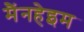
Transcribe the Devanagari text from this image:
मैंनहेइम